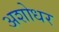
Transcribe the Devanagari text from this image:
अशोधर